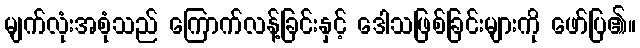
မျက်လုံးအစုံသည် ကြောက်လန့်ခြင်းနှင့် ဒေါသဖြစ်ခြင်းများကို ဖော်ပြ၏။